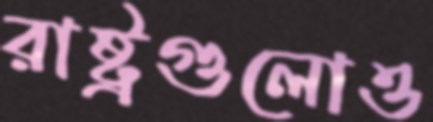
রাষ্ট্রগুলোও